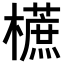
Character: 𣞢